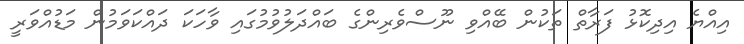
އިއްޔެ އިދިކޮޅު ފަރާތް ތަކުން ބޭއްވި ނޫސްވެރިންގެ ބައްދަލުވުމުގައި ވާހަކަ ދައްކަވަމުން މަޑުއްވަރީ